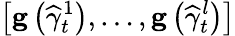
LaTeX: \left[\mathbf{g}\left(\widehat{\gamma}_{t}^{1}\right),\ldots,\mathbf{g}\left(\widehat{\gamma}_{t}^{l}\right)\right]